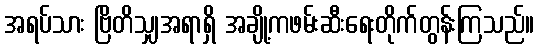
အရပ်သား ဗြိတိသျှအရာရှိ အချို့ကဖမ်းဆီးရေးတိုက်တွန်းကြသည်။